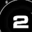
Digit: 2